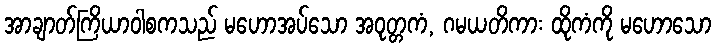
အာချာတ်ကြိယာဝါစကသည် မဟောအပ်သော အဝုတ္တကံ, ဂမယတိကား ထိုကံကို မဟောသော